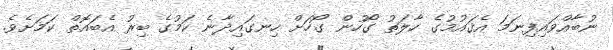
ނުބާއްވައިފިނަމަ އެޤައުމުގެ ހާލަތު ގޯހުން ގޯހަށް ހިނގައިދާނެ ކަމުގެ ބިރު އެބައޮތް ކަމަށެވެ.